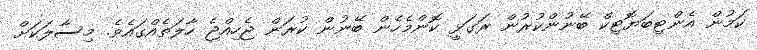
ކަމުން އެންޓިބަޔޮޓިކް ބޭނުންކުރުން ރަގަޅީ ކޮންމެހެން ބޭނުން ކުރަން ޖެހިއްޖެ ހާލަތެއްގައެވެ. މިސާލަކަށް